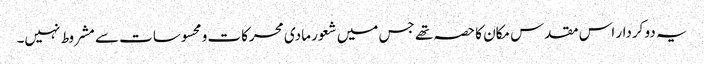
یہ دو کردار اس مقدس مکان کا حصہ تھے جس میں شعور مادی محرکات و محسوسات سے مشروط نہیں۔